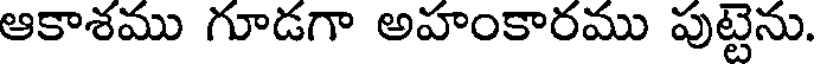
ఆకాశము గూడగా అహంకారము పుట్టెను.